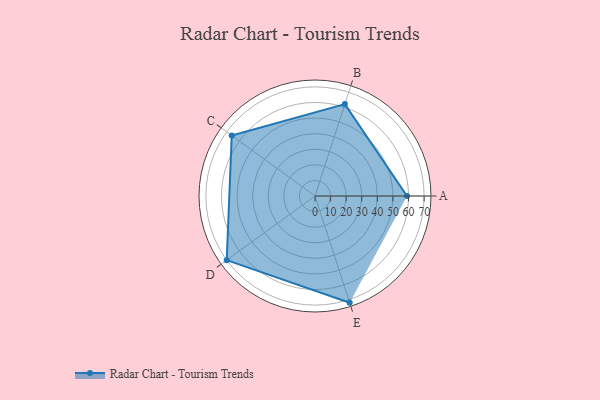
{"axis": {"x": "Skill", "y": "Score"}, "legend": ["Profile"], "data": [{"x": "A", "y": 59.0, "type": "Profile"}, {"x": "B", "y": 62.0, "type": "Profile"}, {"x": "C", "y": 66.0, "type": "Profile"}, {"x": "D", "y": 70.0, "type": "Profile"}, {"x": "E", "y": 72.0, "type": "Profile"}]}